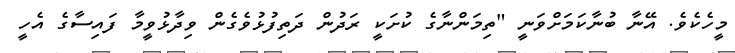
މީހެކެވެ. އޭނާ ބުނާކަމަށްވަނީ "ތިމަންނާގެ ކުށަކީ ރަދުން ދަތިފުޅުވެގެން ވިދާޅުވީމާ ފައިސާގެ އެހީ